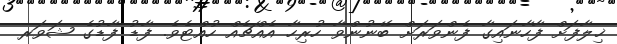
ޚިލާފަށް ފާހާނައިގާ ފެންވަރަށް ބޭނުންވާ ހުރިހާ އެއްޗެއް ހުއްޓެވެ. ފާޑު ފާޑުގެ ޝަވަރ